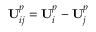
\mathbf { U } _ { i j } ^ { p } = \mathbf { U } _ { i } ^ { p } - \mathbf { U } _ { j } ^ { p }